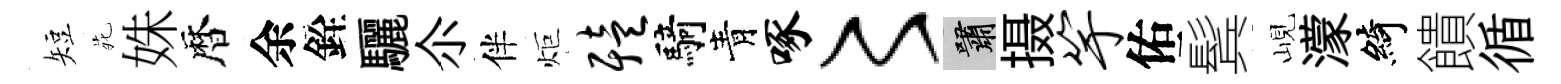
短𫟍姝暦余銓驪尒伴炬殪騎青啄〻嘯摄竽佑鬂峴濛綺饋循